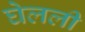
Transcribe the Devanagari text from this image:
घेलली